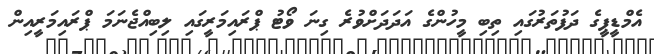
އެމްޑީޕީގެ ދަފުތަރުގައި ތިބި މީހުންގެ އަދަދަށްވުރެ ގިނަ ވޯޓު ޕްރައިމަރީގައި ލިބިއްޖެނަމަ ޕްރައިމަރީއިން